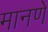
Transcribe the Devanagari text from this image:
मानणें